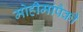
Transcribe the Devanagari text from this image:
मोहीमांपैकी